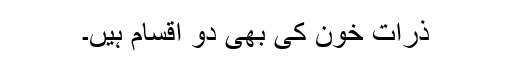
ذرات خون کی بھی دو اقسام ہیں۔